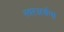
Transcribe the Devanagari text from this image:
स्वरअर्चना